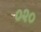
૦૨૦